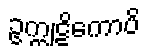
ဥက္ကုဋိကောပိ